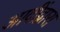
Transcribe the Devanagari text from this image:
आदींद्वारा